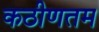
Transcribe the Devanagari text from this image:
कठीणतम